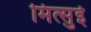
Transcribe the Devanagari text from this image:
मित्‍सुई